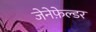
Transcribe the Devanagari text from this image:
जेनेफ़ेल्डर